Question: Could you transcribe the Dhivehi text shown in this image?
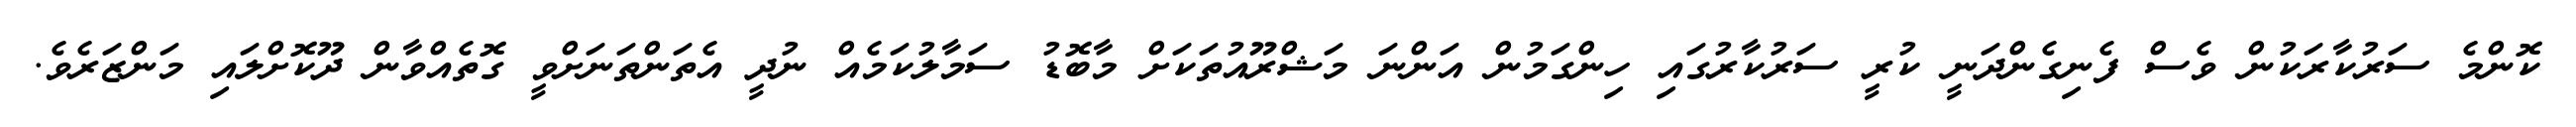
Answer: ކޮންމެ ސަރުކާރަކުން ވެސް ފެނިގެންދަނީ ކުރީ ސަރުކާރުގައި ހިންގަމުން އަންނަ މަޝްރޫއުތަކަށް މާބޮޑު ސަމާލުކަމެއް ނުދީ އެތަންތަނަށްވީ ގޮތެއްވާން ދޫކޮށްލައި މަންޒަރެވެ.